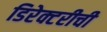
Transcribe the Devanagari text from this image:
डिरेक्टरीची